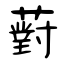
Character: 薱